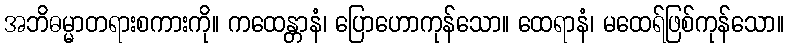
အဘိဓမ္မာတရားစကားကို။ ကထေန္တာနံ၊ ပြောဟောကုန်သော။ ထေရာနံ၊ မထေရ်ဖြစ်ကုန်သော။